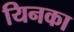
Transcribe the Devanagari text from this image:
यिनका